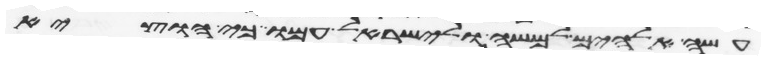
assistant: עשה אלהים למשה ולישראל עמו כי הוציא